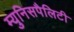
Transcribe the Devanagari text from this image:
म्युनिसपैलिटी